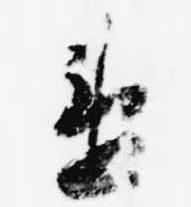
違